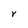
Character: Y